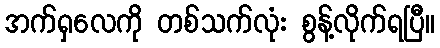
အက်ရှလေကို တစ်သက်လုံး စွန့်လိုက်ရပြီ။